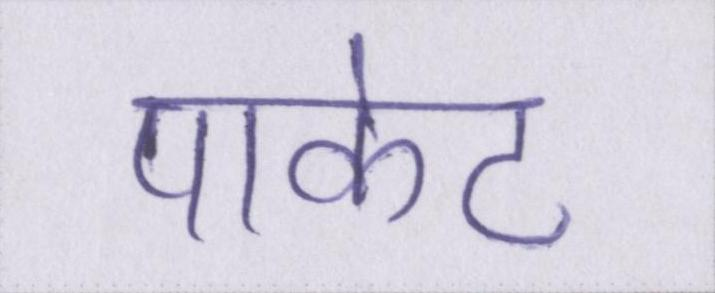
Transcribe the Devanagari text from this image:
पाकेट